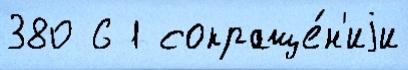
380 6 1 сокраще́н'иjи